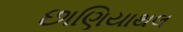
છાણિયાથલ